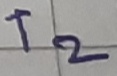
Text: T2